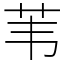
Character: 苇